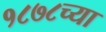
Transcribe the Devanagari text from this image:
१८७८च्या